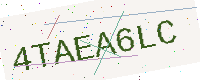
Text: 4TAEA6LC